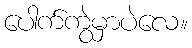
ပေါက်ကွဲမှာပဲလေ။